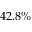
4 2 . 8 \%